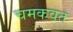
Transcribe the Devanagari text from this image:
चमकवत